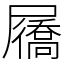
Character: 屩